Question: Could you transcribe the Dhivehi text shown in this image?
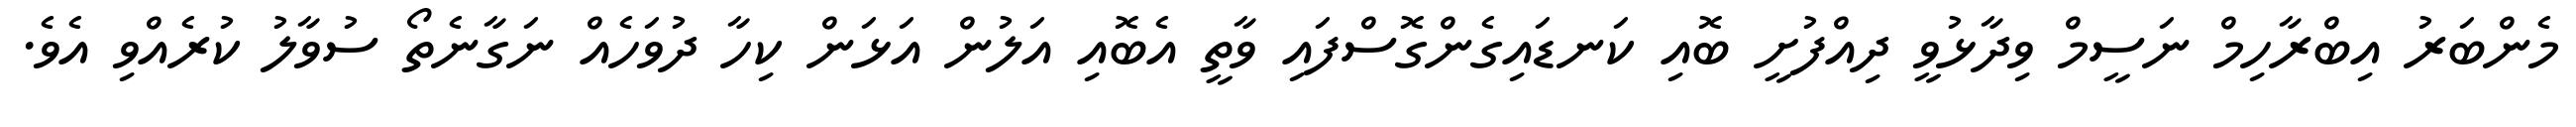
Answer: މެންބަރު އިބްރާހިމް ނަސީމް ވިދާޅުވީ ދިއްފުށީ ބޮއި ކަނޑައިގެންގޮސްފައި ވާތީ އެބޮއި އަލުން އަޅަން ކިހާ ދުވަހެއް ނަގާނެތޯ ސުވާލު ކުރެއްވި އެވެ.